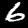
Digit: 6